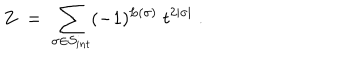
Z \; = \; \sum _ { \sigma \in { \cal S } _ { i n t } } ( - 1 ) ^ { L ( \sigma ) } \; t ^ { 2 | \sigma | } \; .